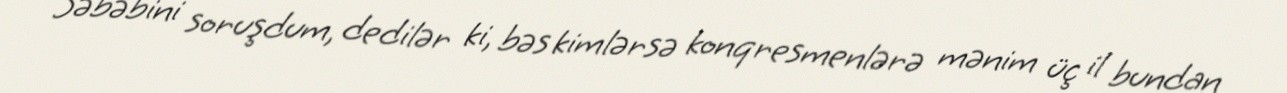
Səbəbini soruşdum, dedilər ki, bəs kimlərsə konqresmenlərə mənim üç il bundan